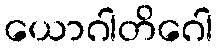
ယောဂါတိဂေါ